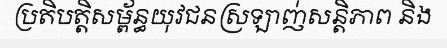
ប្រតិបត្តិសម្ព័ន្ធយុវជនស្រឡាញ់សន្តិភាព និង